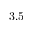
3 . 5